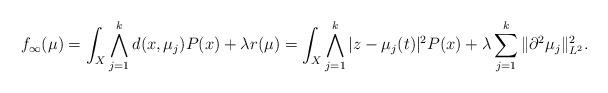
LaTeX: \begin{align*} f_\infty(\mu) = \int_X \bigwedge_{j=1}^k d(x,\mu_j) P( x) + \lambda r(\mu) = \int_X \bigwedge_{j=1}^k |z-\mu_j(t) |^2 P( x) + \lambda \sum_{j=1}^k \| \partial^2\mu_j\|_{L^2}^2.\end{align*}